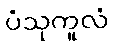
ပံသုကူလံ